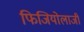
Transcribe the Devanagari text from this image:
फिजियोलाजी